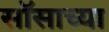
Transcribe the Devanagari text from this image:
सॉसाच्या